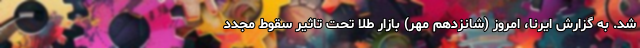
شد. به گزارش ایرنا، امروز (شانزدهم مهر) بازار طلا تحت تاثیر سقوط مجدد